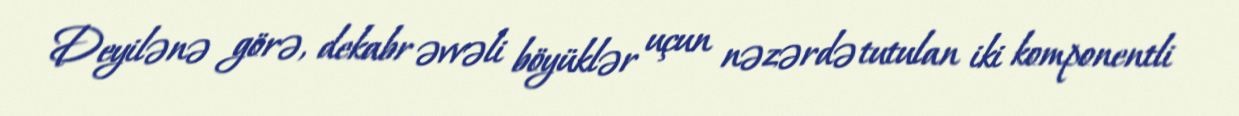
Deyilənə görə, dekabr əvvəli böyüklər uçun nəzərdə tutulan iki komponentli